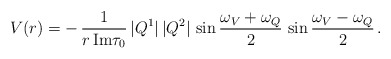
\begin{align*}V(r) =-\,\frac{1}{ r\, {\rm Im} \tau_0}\,|Q^{1}|\,|Q^{2}|\,\sin\frac{\omega_V+\omega_Q}{2}\,\sin\frac{\omega_V-\omega_Q}{2}\,.\end{align*}